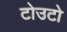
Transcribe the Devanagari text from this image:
टोउटो